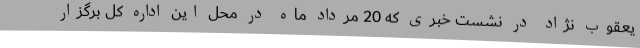
یعقوب نژاد در نشست خبری که 20 مرداد ماه در محل این اداره کل برگزار